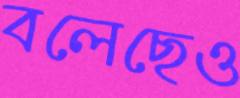
বলেছেও